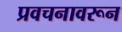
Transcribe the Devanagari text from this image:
प्रवचनावरून